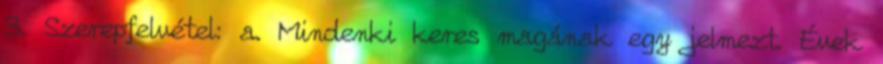
3. Szerepfelvétel: a. Mindenki keres magának egy jelmezt. Évek